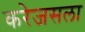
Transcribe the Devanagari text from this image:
करेजसला